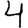
Digit: 4